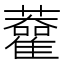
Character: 𧃦